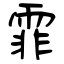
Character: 霏